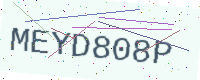
Text: MEYD808P